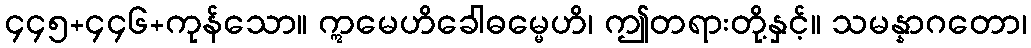
၄၄၅+၄၄၆+ကုန်သော။ ဣမေဟိခေါဓမ္မေဟိ၊ ဤတရားတို့နှင့်။ သမန္နာဂတော၊